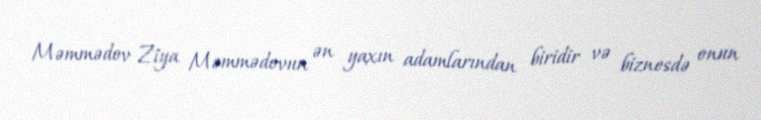
Məmmədov Ziya Məmmədovun ən yaxın adamlarından biridir və biznesdə onun